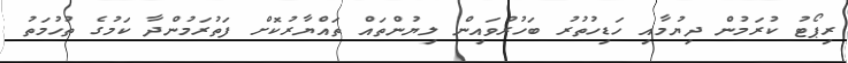
ރިޕޯޓު ކުރަމުން ދިޔުމާއި ހަޑިހުތުރު ބަހުރުވައިން ލިޔުންތައް ތައްޔާރުކޮށް ފަތުރަމުންދާ ކަމުގެ ތުހުމަތު